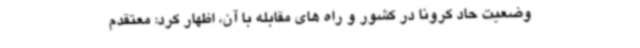
وضعیت حاد کرونا در کشور و راه های مقابله با آن، اظهار کرد: معتقدم